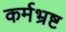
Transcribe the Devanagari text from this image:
कर्मभ्रष्ट